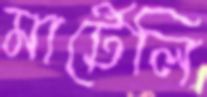
মার্টেলি